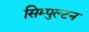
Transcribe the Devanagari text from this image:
सिम्पुल्टन